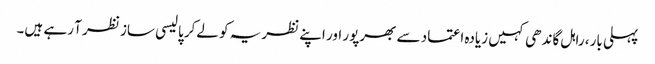
پہلی بار، راہل گاندھی کہیں زیادہ اعتماد سے بھرپور اور اپنے نظریہ کو لےکر پالیسی ساز نظر آ رہے ہیں۔